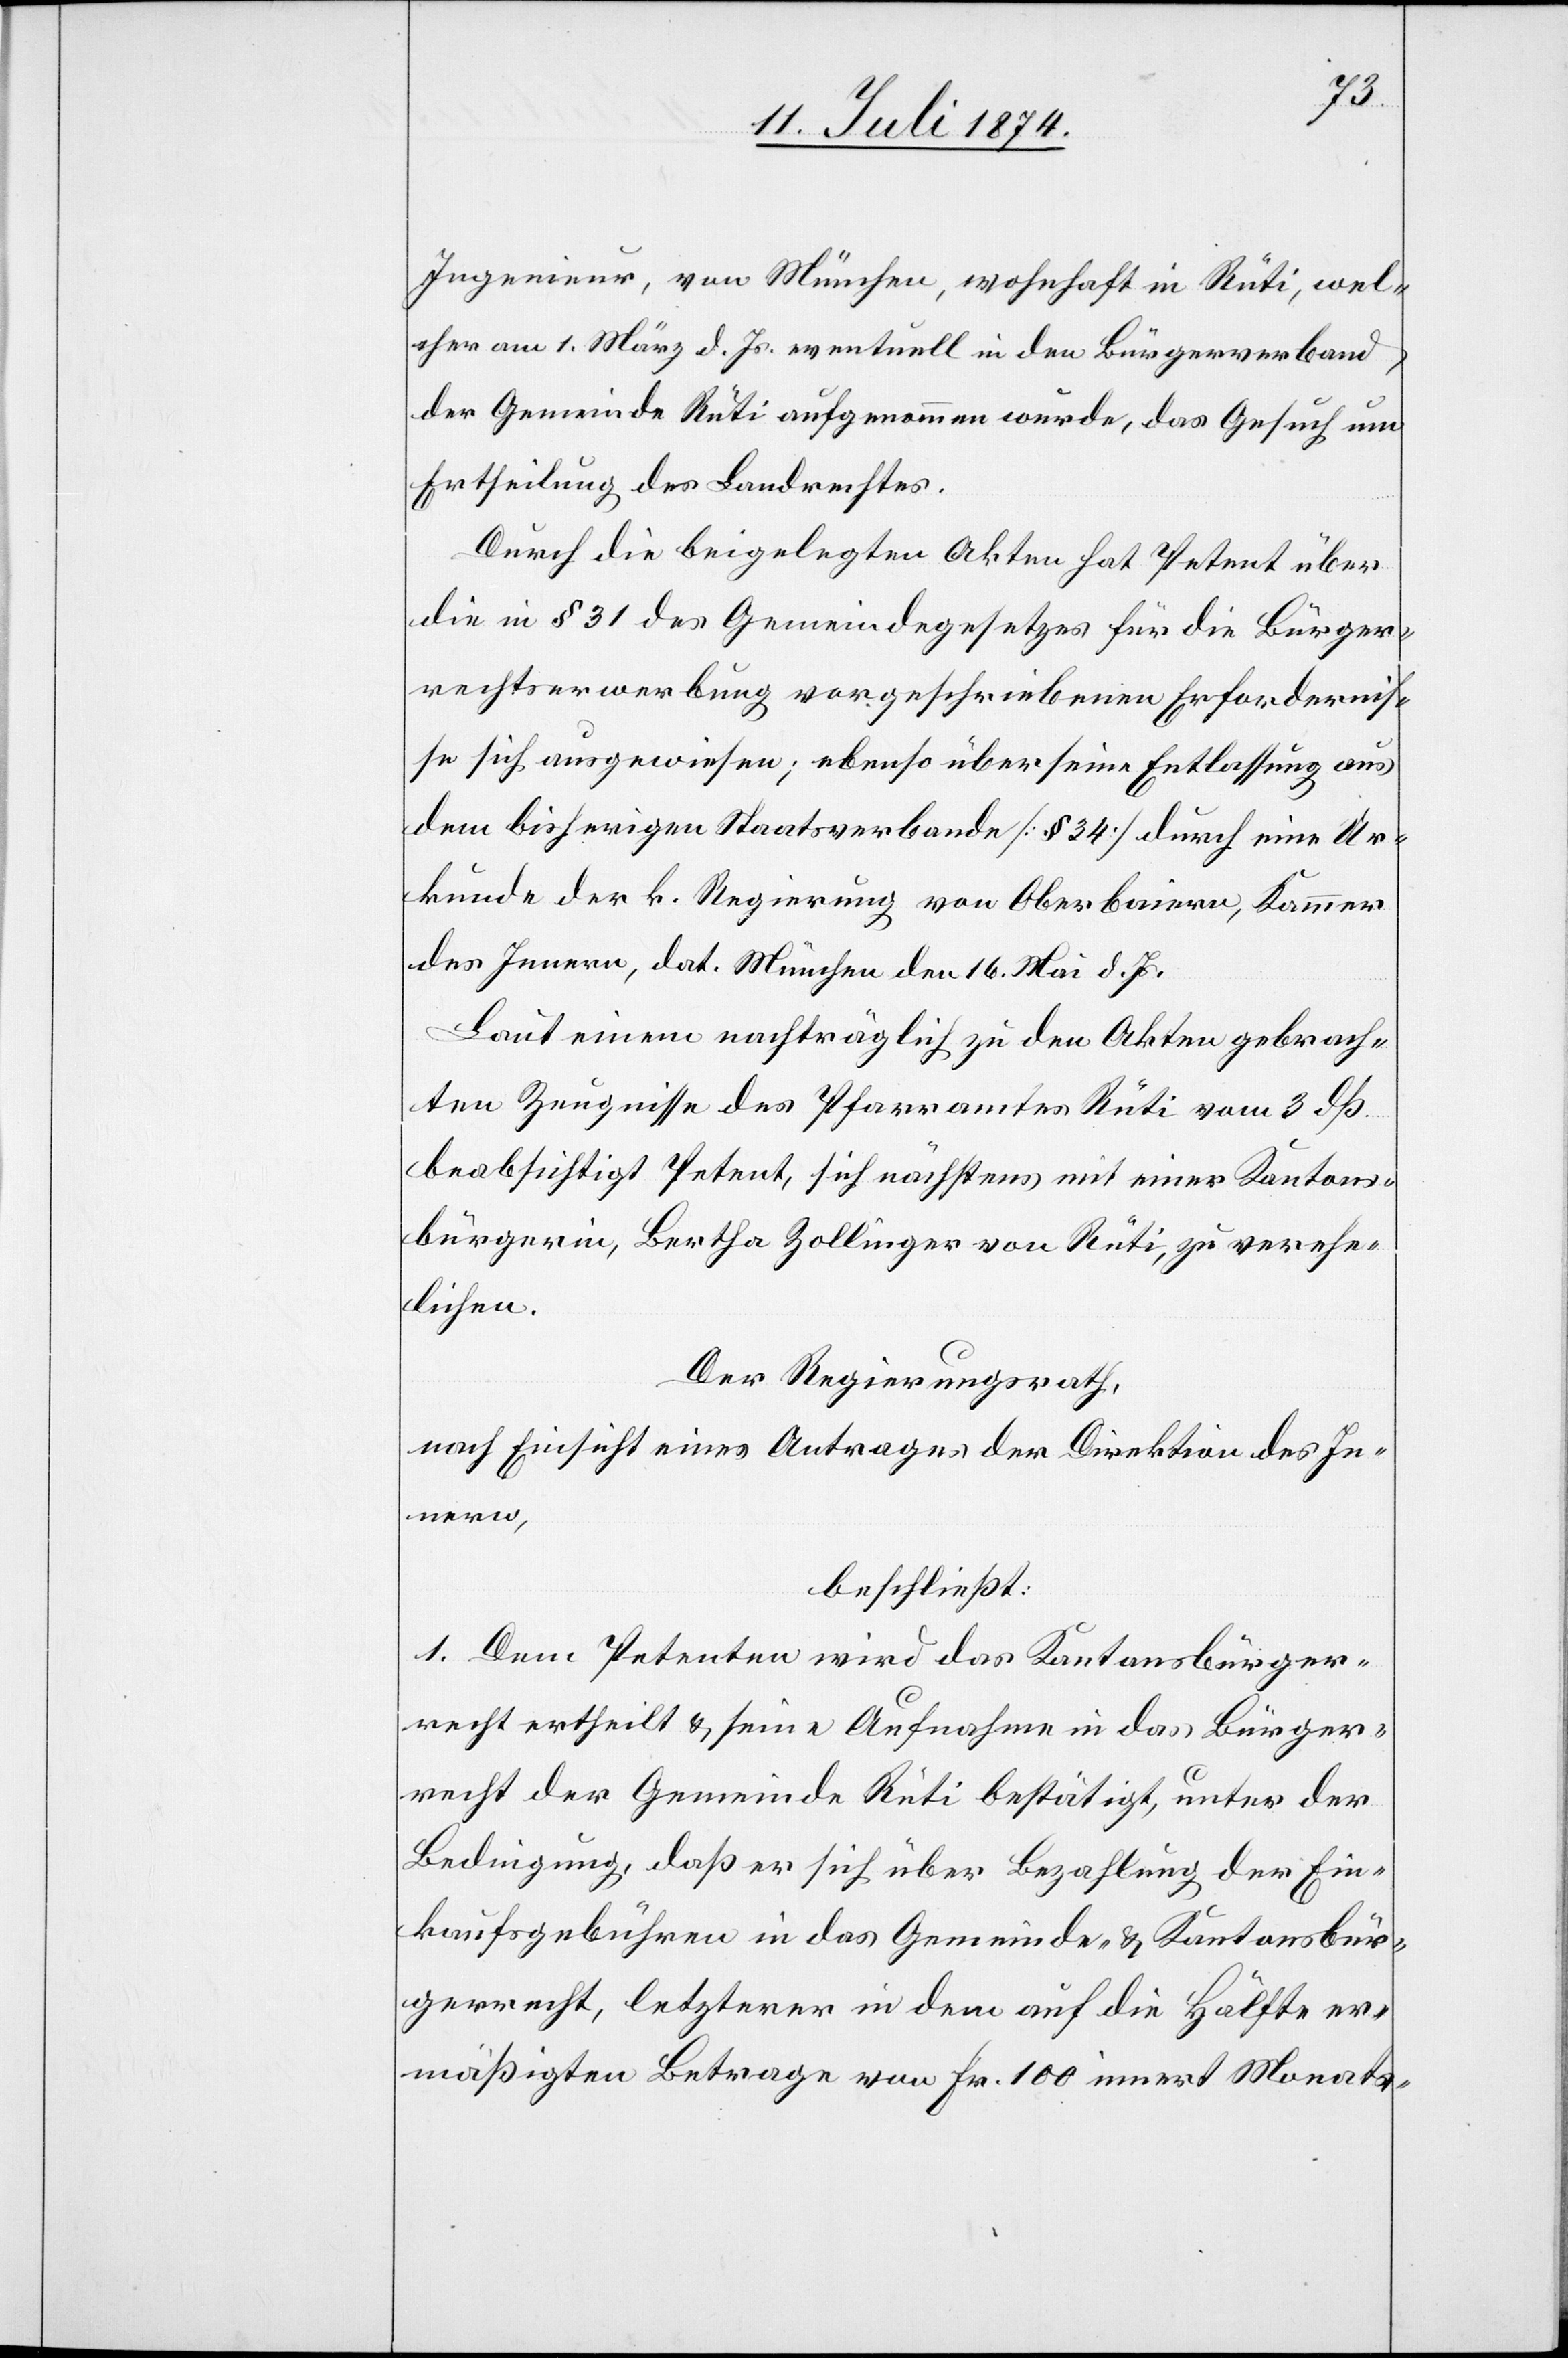
Ingenieur, von München, wohnhaft in Rüti, wel¬
cher am 1. März d. Js. eventuell in den Bürgerverband
der Gemeinde Rüti aufgenommen wurde, das Gesuch um
Ertheilung des Landrechtes.
Durch die beigelegten Akten hat Petent über
die in § 31 des Gemeindegesetzes für die Bürger¬
rechtserwerbung vorgeschriebenen Erfordernis¬
se sich ausgewiesen; ebenso über seine Entlassung aus
dem bisherigen Staatsverbande [§ 34] durch eine Ur¬
kunde der k. Regierung von Oberbaiern, Kammer
des Innern, dat. München den 16. Mai d. Js.
Laut einem nachträglich zu den Akten gebrach¬
ten Zeugnisse des Pfarramtes Rüti vom 3. dß
beabsichtigt Petent, sich nächstens mit einer Kantons¬
bürgerin, Bertha Zollinger von Rüti, zu verehe¬
lichen.
Der Regierungsrath,
nach Einsicht eines Antrages der Direktion des In¬
nern,
beschließt:
1. Dem Petenten wird das Kantonsbürger¬
recht ertheilt u. seine Aufnahme in das Bürger¬
recht der Gemeinde Rüti bestätigt, unter der
Bedingung, daß er sich über Bezahlung der Ein¬
kaufsgebühren in das Gemeinde- u. Kantonsbür¬
gerrecht, letzterer in dem auf die Hälfte er¬
mäßigten Betrage von Fr. 100 innert Monats-